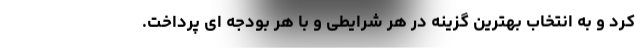
کرد و به انتخاب بهترین گزینه در هر شرایطی و با هر بودجه ای پرداخت.